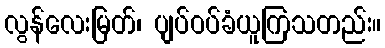
လွန်လေးမြတ်၊ ပျပ်ဝပ်ခံယူကြသတည်း။